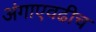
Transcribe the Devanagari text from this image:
अंगाएवढीच